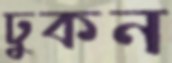
ঢুকন